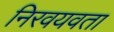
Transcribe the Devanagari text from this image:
निरवयवता